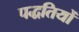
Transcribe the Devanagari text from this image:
पद्धतियोँ